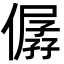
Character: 僝